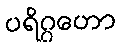
ပရိဂ္ဂဟော